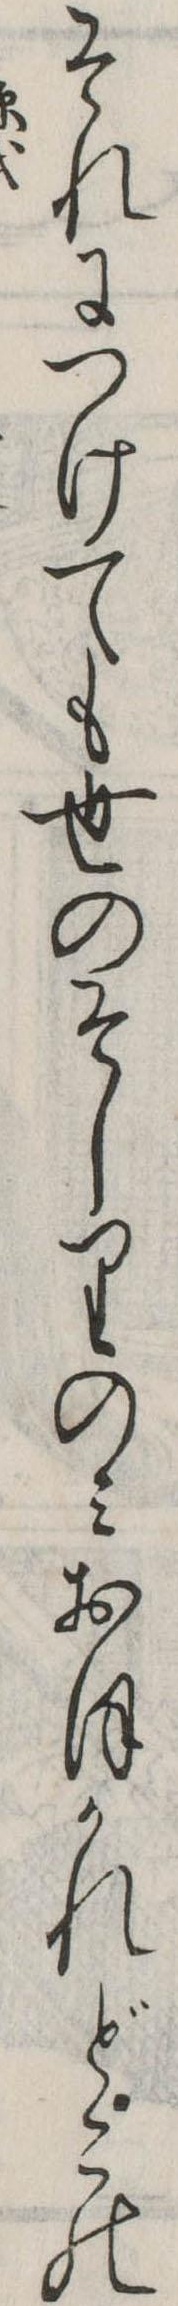
それにつけても世のそしりのみおほかれどこの